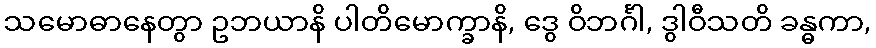
သမောဓာနေတွာ ဥဘယာနိ ပါတိမောက္ခာနိ, ဒွေ ဝိဘင်္ဂါ, ဒွါဝီသတိ ခန္ဓကာ,